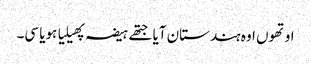
اوتھوں اوہ ہندستان آیا جتھے ہیضہ پھیلیا ہویا سی۔